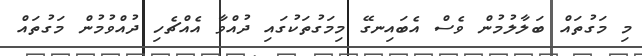
މި މަގުތައް ބަލާލުމުން ވެސް އެބައިނގޭ މިމަގުތަކުގައި ދުއްވާ އެއްޗެހި ދުއްވުމުން މަގުތައް